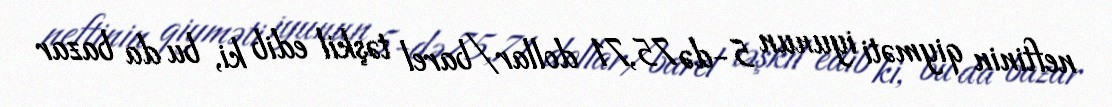
neftinin qiyməti iyunun 5-də 75,71 dollar/barel təşkil edib ki, bu da bazar